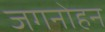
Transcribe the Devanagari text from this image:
जगनोहन